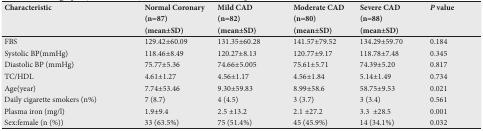
| Characteristic | Normal Coronary (n=87) (mean±SD) | Mild CAD (n=82) (mean±SD) | Moderate CAD (n=80) (mean±SD) | Severe CAD (n=88) (mean±SD) | P value |
 | --- | --- | --- | --- | --- | --- |
 | FBS | 129.42±60.09 | 131.35±60.28 | 141.57±79.52 | 134.29±59.70 | 0.184 |
 | Systolic BP(mmHg) | 118.46±8.49 | 120.27±8.13 | 120.77±9.17 | 118.78±7.48 | 0.345 |
 | Diastolic BP (mmHg) | 75.77±5.36 | 74.66±5.005 | 75.61±5.71 | 74.39±5.20 | 0.817 |
 | TC/HDL | 4.61±1.27 | 4.56±1.17 | 4.56±1.84 | 5.14±1.49 | 0.734 |
 | Age(year) | 7.74±53.46 | 9.30±59.83 | 8.99±58.6 | 58.75±9.53 | 0.021 |
 | Daily cigarette smokers (n%) | 7 (8.7) | 4 (4.5) | 3 (3.7) | 3 (3.4) | 0.561 |
 | Plasma iron (mg/l) | 1.9±9.4 | 2.5 ±13.2 | 2.1 ±27.2 | 3.3 ±28.5 | 0.001 |
 | Sex:female (n (%)) | 33 (63.5%) | 75 (51.4%) | 45 (45.9%) | 14 (34.1%) | 0.032 |